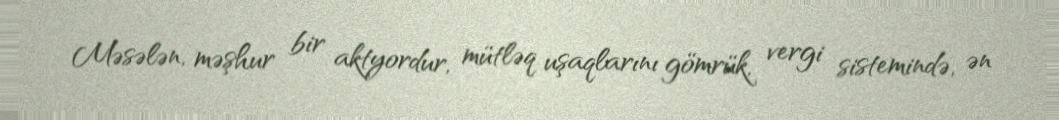
Məsələn, məşhur bir aktyordur, mütləq uşaqlarını gömrük, vergi sistemində, ən